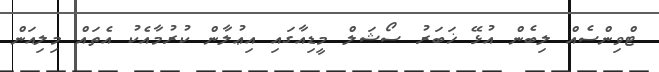
ޓްވިންސެއް ލިބެން އުޅޭ ޚަބަރު ސޯޝަލް މީޑިއާގައި އިޢުލާން ކުރުމާއެކު އެތައް މިލިއަން